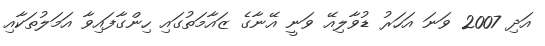
އަދި 2007 ވަނަ އަހަރު ޑުވާލިއޭ ވަނީ އޭނާގެ ޒައާމަތުގައި ހިންގާފައިވާ އަމަލުތަކާއި